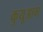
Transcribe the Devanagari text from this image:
कुयूआम